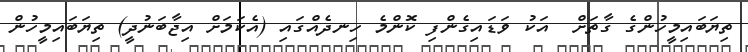
ތިޔަބައިމީހުންގެ ގާތަށް  އަކު ވަޑައިގެންފި ކޮންމެ ހިނދެއްގައި (އެކަމަށް އިޖާބަނުދީ) ތިޔަބައިމީހުން